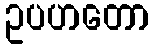
ဥပဟတော